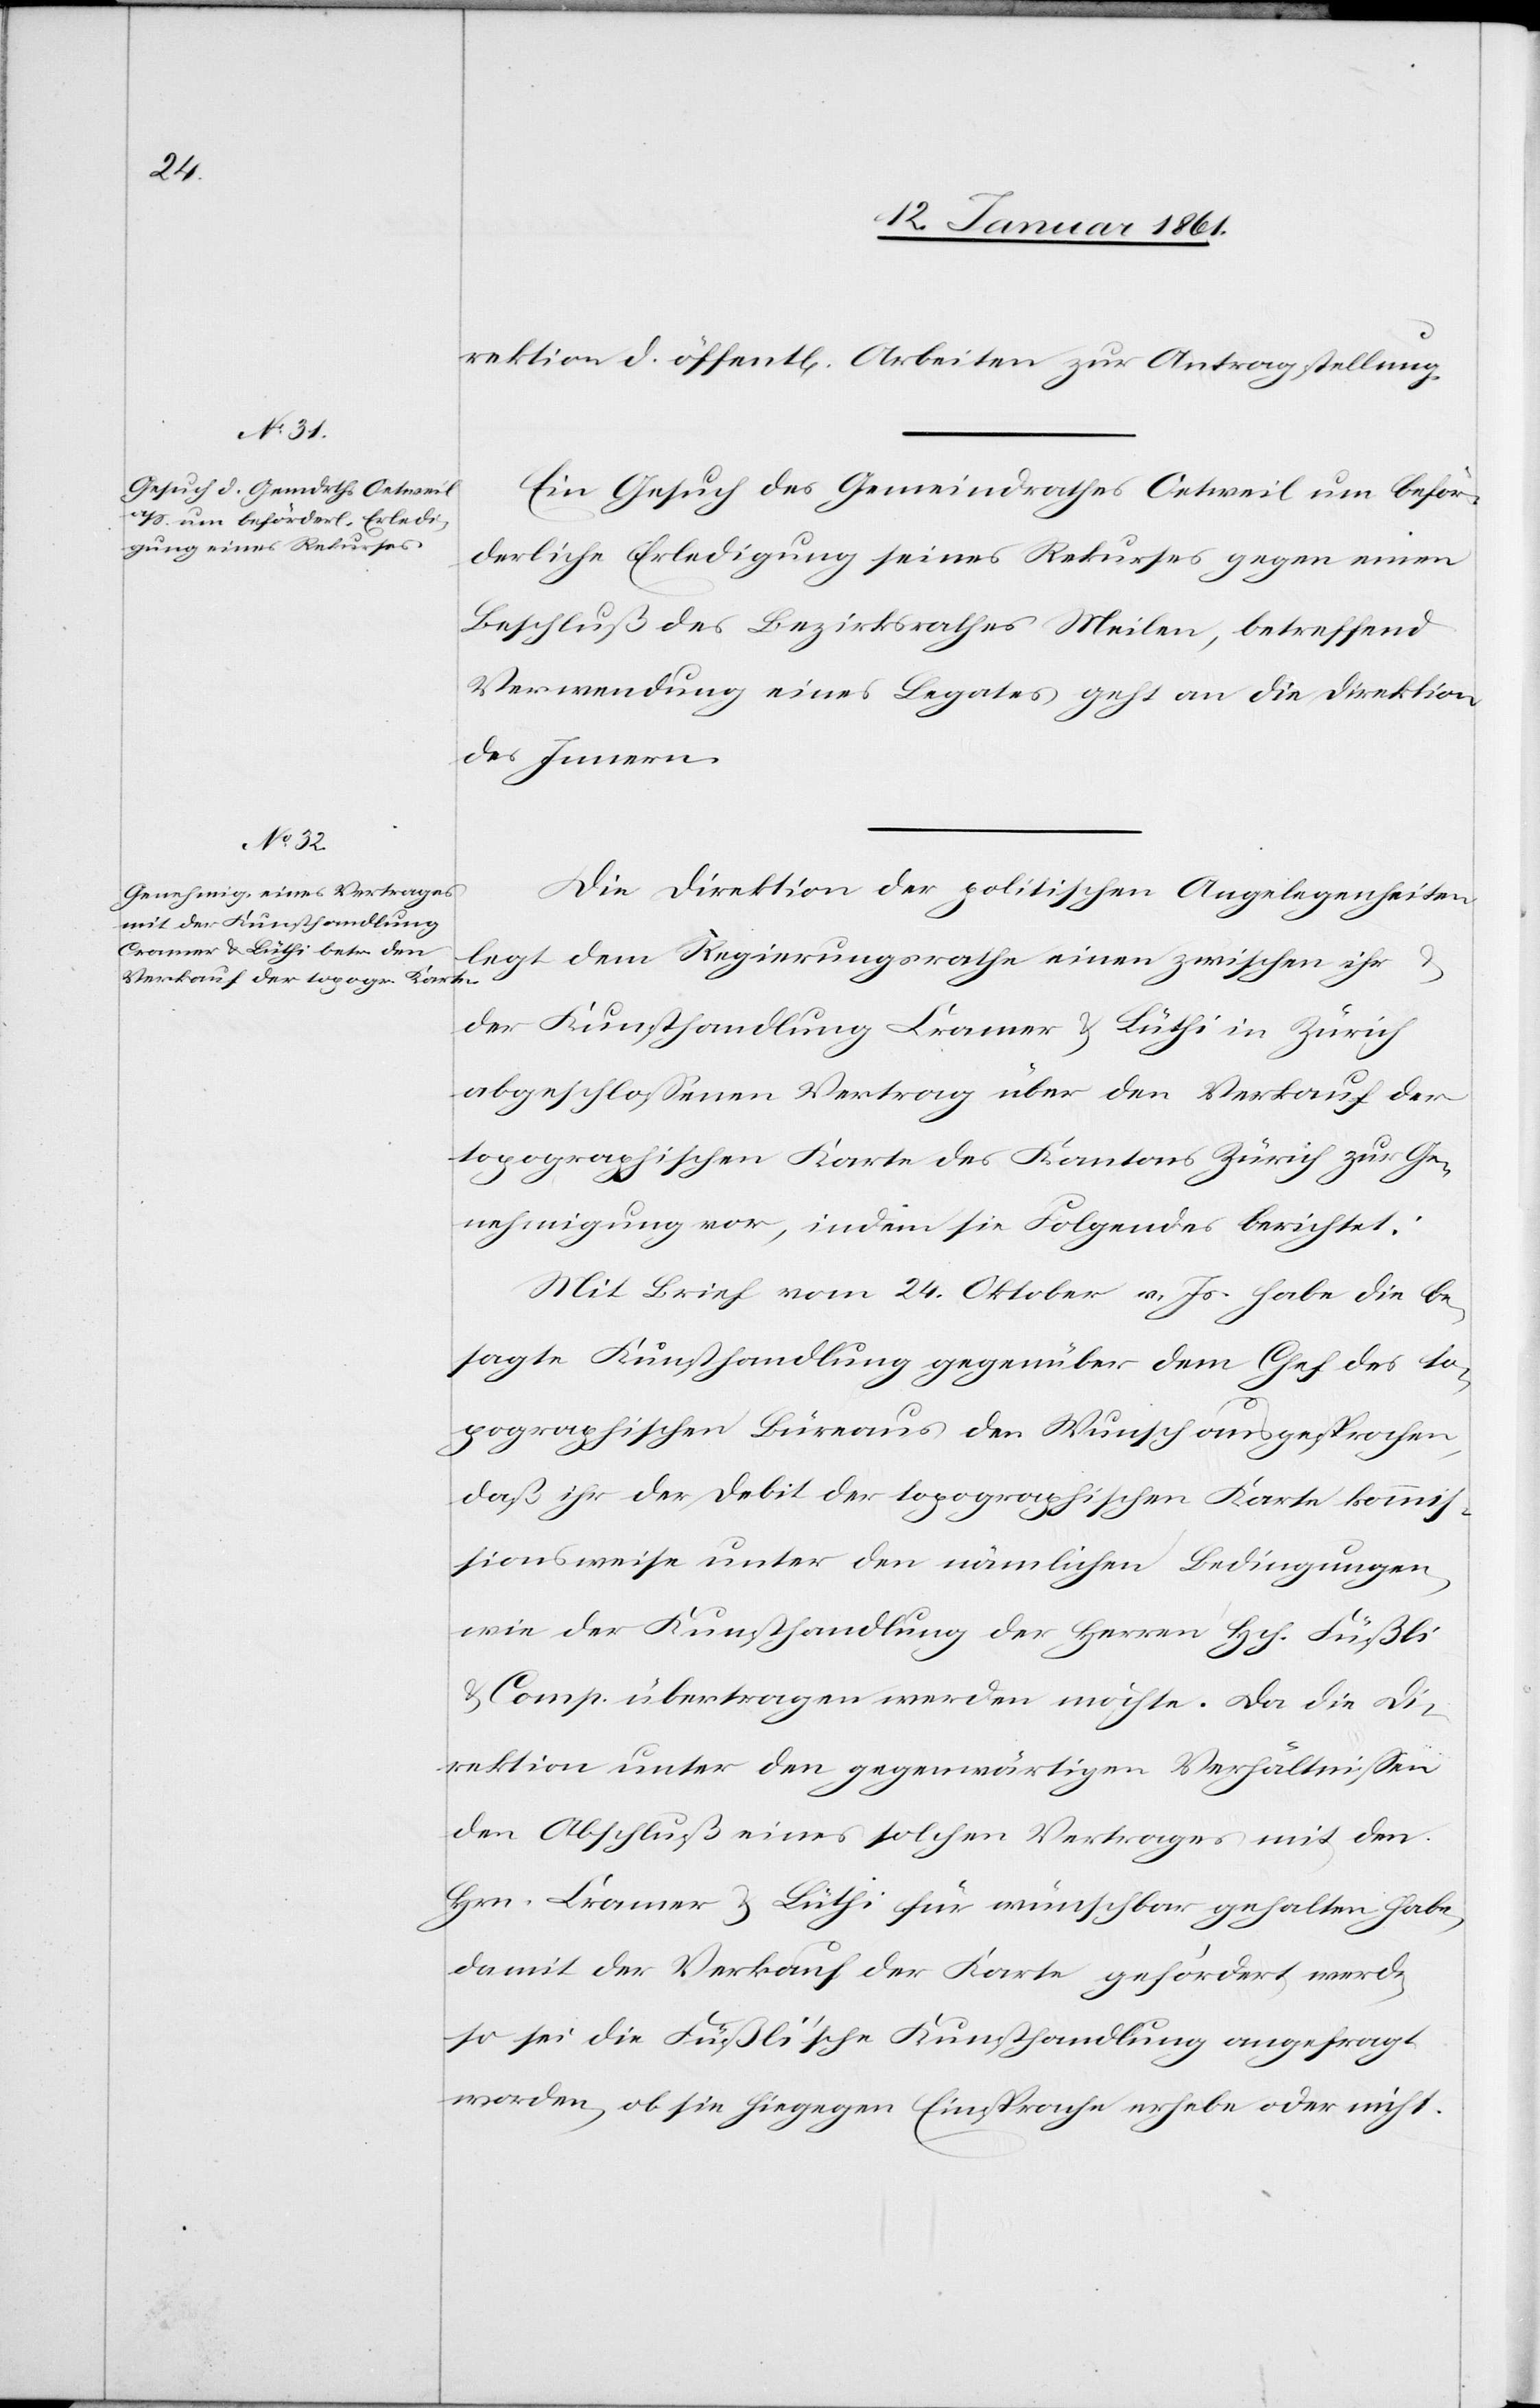
rektion d. öffentl[ichen] Arbeiten zur Antragstellung.
Ein Gesuch des Gemeindrathes Oetweil um beför¬
derliche Erledigung seines Rekurses gegen einen
Beschluss des Bezirksrathes Meilen, betreffend
Verwendung eines Legates geht an die Direktion
des Innern.
Die Direktion der politischen Angelegenheiten
legt dem Regierungsrathe einen zwischen ihr
der Kunsthandlung Cramer & Lüthi in Zürich
abgeschlossenen Vertrag über den Verkauf der
topographischen Karte des Kantons Zürich zur Ge¬
nehmigung vor, indem sie Folgendes berichtet:
Mit Brief vom 24. Oktober v. Js. habe die be¬
sagte Kunsthandlung gegenüber dem Chef des to¬
pographischen Büreaus den Wunsch ausgesprochen,
daß ihr der Debit der topographischen Karte kommis¬
sionsweise unter den nämlichen Bedingungen,
wie der Kunsthandlung der Herren Hch. Füßli
& Comp. übertragen werden möchte. Da die Di¬
rektion unter den gegenwärtigen Verhältnissen
den Abschluß eines solchen Vertrages mit den
Hrn. Cramer & Lüthi für wünschbar gehalten habe,
damit der Verkauf der Karte gefördert werde,
so sei die Füßli’sche Kunsthandlung angefragt
worden, ob sie hiegegen Einsprache erhebe oder nicht.